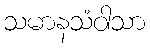
သမာနသံဝါသာ